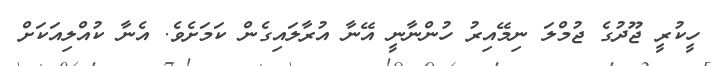
ހީކުރީ ޖޫދުގެ ޖުމްލަ ނިމޭއިރު ހުންނާނީ އޭނާ އުރާލައިގެން ކަމަށެވެ. އެނާ ކުއްލިއަކަށް